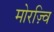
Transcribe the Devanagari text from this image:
मोरज़्वि